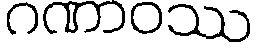
ဂဏာဝဿ